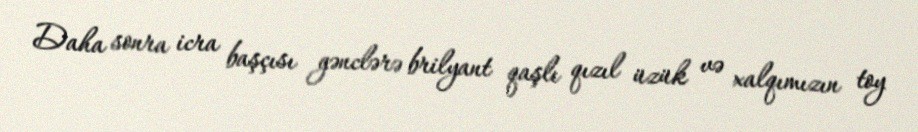
Daha sonra icra başçısı gənclərə brilyant qaşlı qızıl üzük və xalqımızın toy